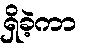
ရှိခဲ့ကာ